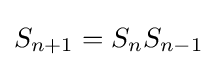
S_{n+1}=S_{n}S_{n-1}